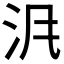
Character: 𱥹